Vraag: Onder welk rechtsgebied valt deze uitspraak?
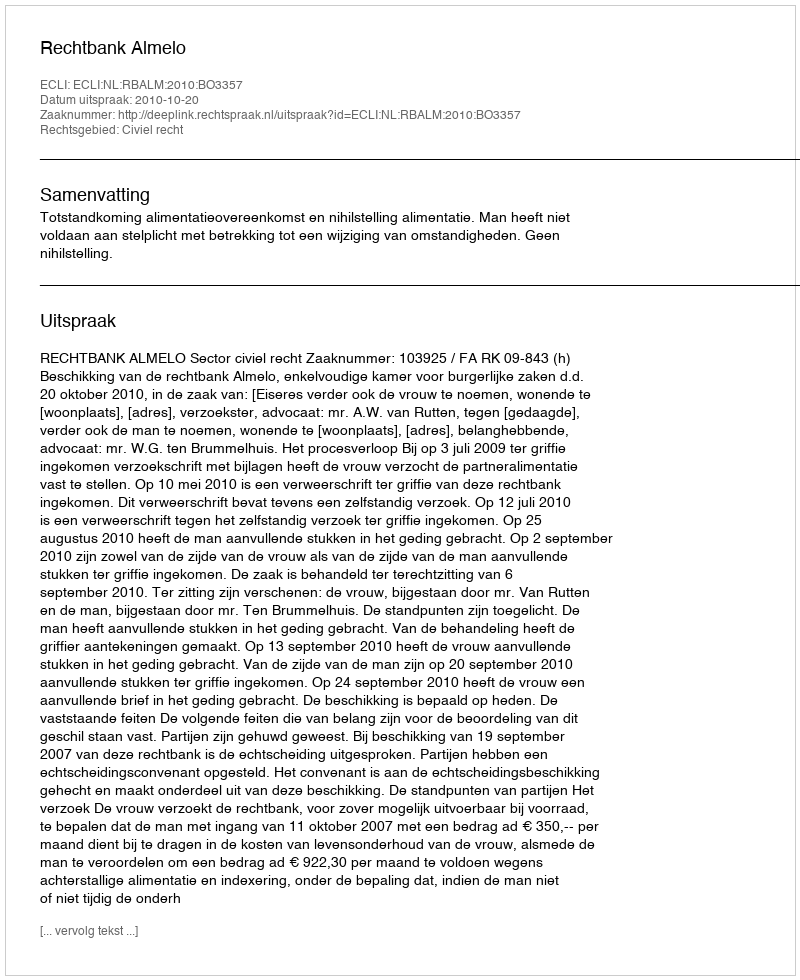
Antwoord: Civiel recht